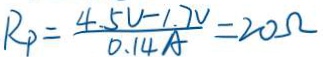
R _ { P } = \frac { 4 . 5 V - 1 . 7 V } { 0 . 1 4 A } = 2 0 \Omega